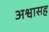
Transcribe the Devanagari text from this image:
अश्वासह